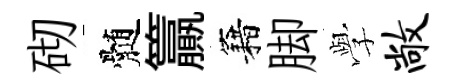
砌髄籯籍脚𫝯敞